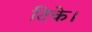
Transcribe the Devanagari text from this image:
टिके।